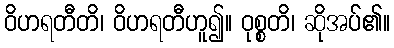
ဝိဟရတီတိ၊ ဝိဟရတီဟူ၍။ ဝုစ္စတိ၊ ဆိုအပ်၏။